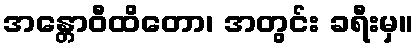
အန္တောဝီထိတော၊ အတွင်း ခရီးမှ။